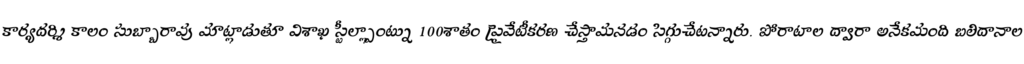
కార్యదర్శి కాలం సుబ్బారావు మాట్లాడుతూ విశాఖ స్టీల్ప్లాంట్ను 100శాతం ప్రైవేటీకరణ చేస్తామనడం సిగ్గుచేటన్నారు. పోరాటాల ద్వారా అనేకమంది బలిదానాల